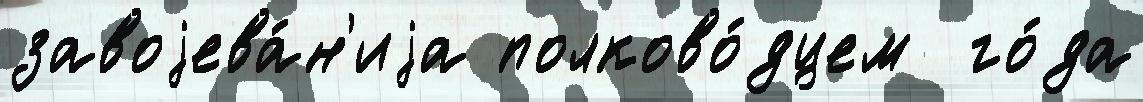
завоjева́н'иjа полково́дцем  го́да